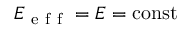
E _ { \mathrm { ~ e ~ f ~ f ~ } } = E = \operatorname { c o n s t }